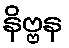
နိဗ္ဗန